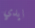
ايدي